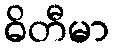
ဓိတီမာ